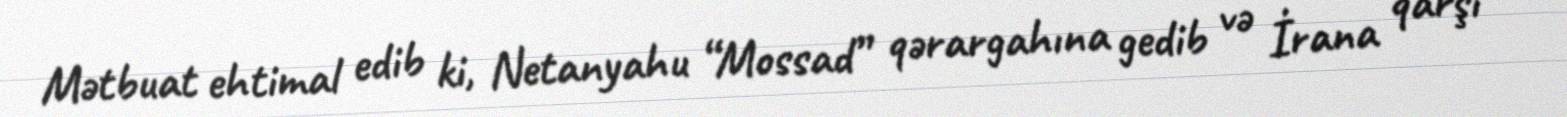
Mətbuat ehtimal edib ki, Netanyahu “Mossad” qərargahına gedib və İrana qarşı